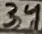
Text: 34